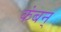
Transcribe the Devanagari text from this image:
कंबन्